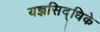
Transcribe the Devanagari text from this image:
यज्ञसिद्धिके